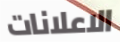
الاعلانات